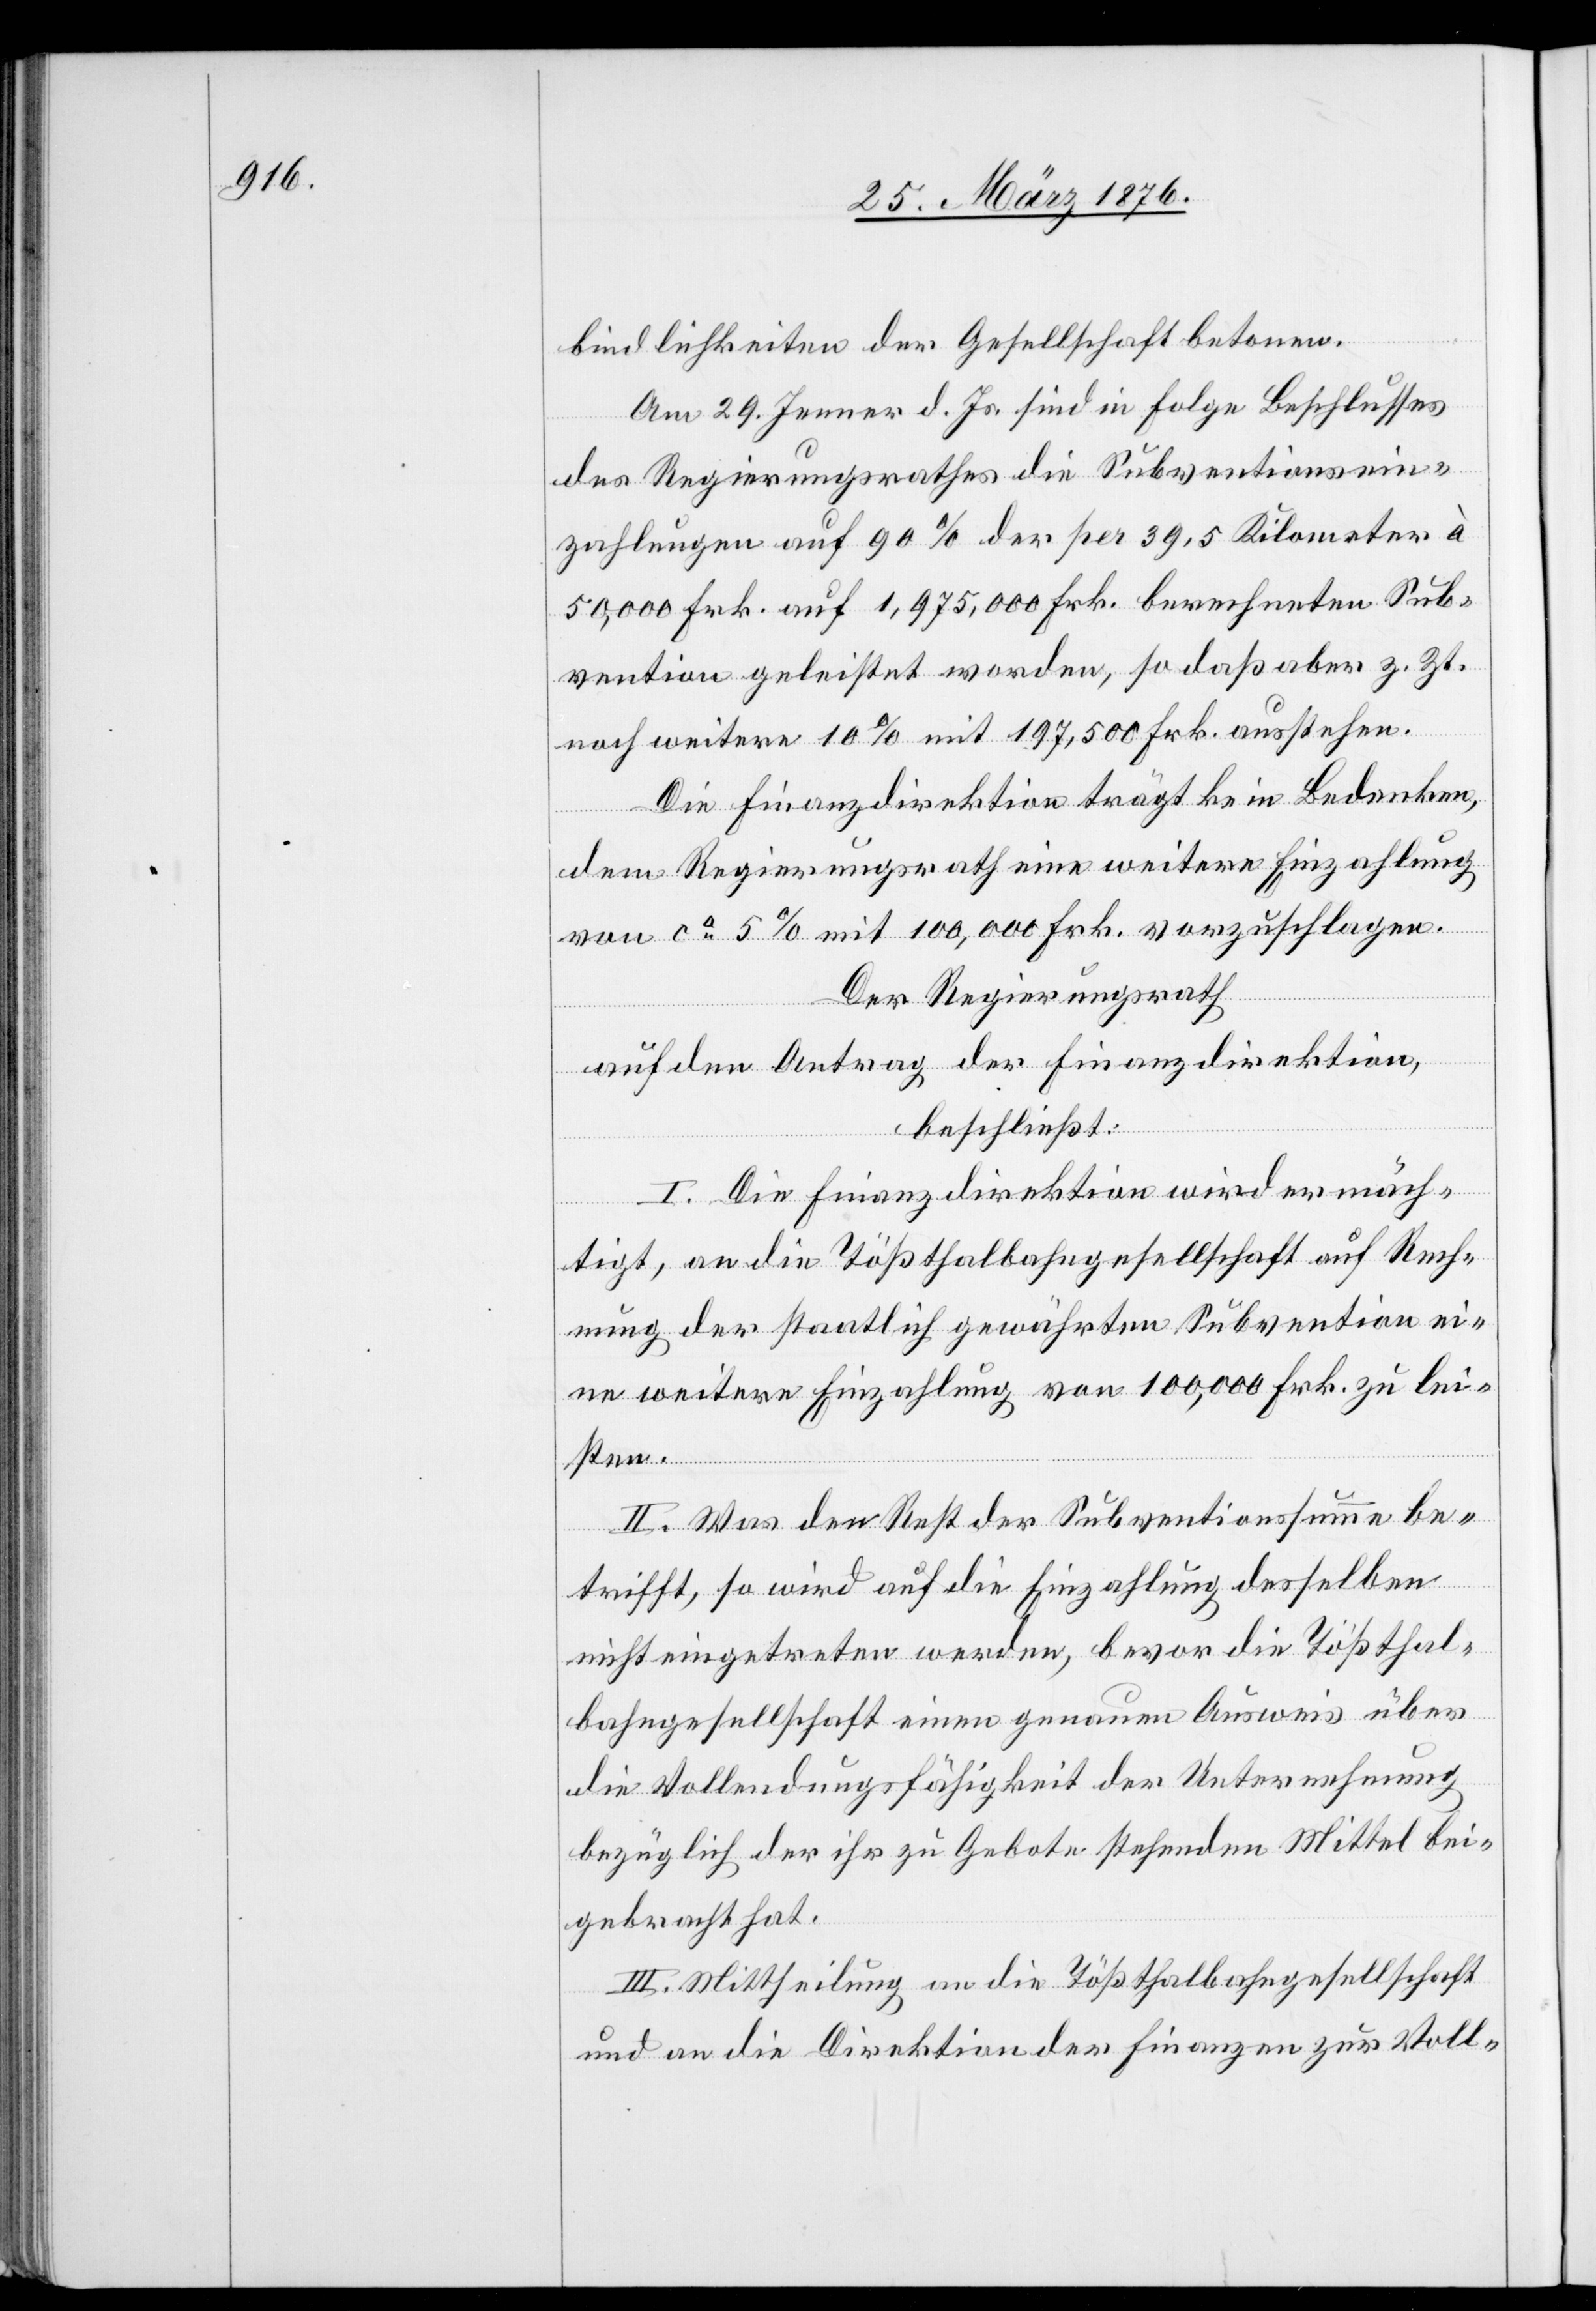
bindlichkeiten der Gesellschaft betonen.
Am 29. Jenner d. Js. sind in Folge Beschlusses
des Regierungsrathes die Subventionsein¬
zahlungen auf 90 % der per 39,5 Kilometer à
50,000 Frk. auf 1,975,000 Frk. berechneten Sub¬
vention geleistet worden, so daß aber z. Zt.
noch weitere 10 % mit 197,500 Frk. ausstehen.
Die Finanzdirektion trägt kein Bedenken,
dem Regierungsrath eine weitere Einzahlung
von ca 5 % mit 100,000 Frk. vorzuschlagen.
Der Regierungsrath
auf den Antrag der Finanzdirektion,
beschließt:
I. Die Finanzdirektion wird ermäch¬
tigt, an die Tößthalbahngesellschaft auf Rech¬
nung der staatlich gewährten Subvention ei¬
ne weitere Einzahlung von 100,000 Frk. zu lei¬
sten.
II. Was den Rest der Subventionssumme be¬
trifft, so wird auf die Einzahlung desselben
nicht eingetreten werden, bevor die Tößthal¬
bahngesellschaft einen genauen Ausweis über
die Vollendungsfähigkeit der Unternehmung
bezüglich der ihr zu Gebote stehenden Mittel bei¬
gebracht hat.
III. Mittheilung an die Tößthalbahngesellschaft
und an die Direktion der Finanzen zu Voll-